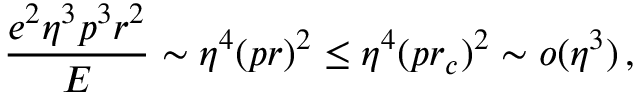
{ \frac { e ^ { 2 } \eta ^ { 3 } p ^ { 3 } r ^ { 2 } } { E } } \sim \eta ^ { 4 } ( p r ) ^ { 2 } \le \eta ^ { 4 } ( p r _ { c } ) ^ { 2 } \sim o ( \eta ^ { 3 } ) \, ,